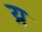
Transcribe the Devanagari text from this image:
य्र